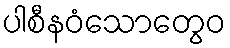
ပါစီနဝံသောတွေဝ